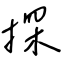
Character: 探